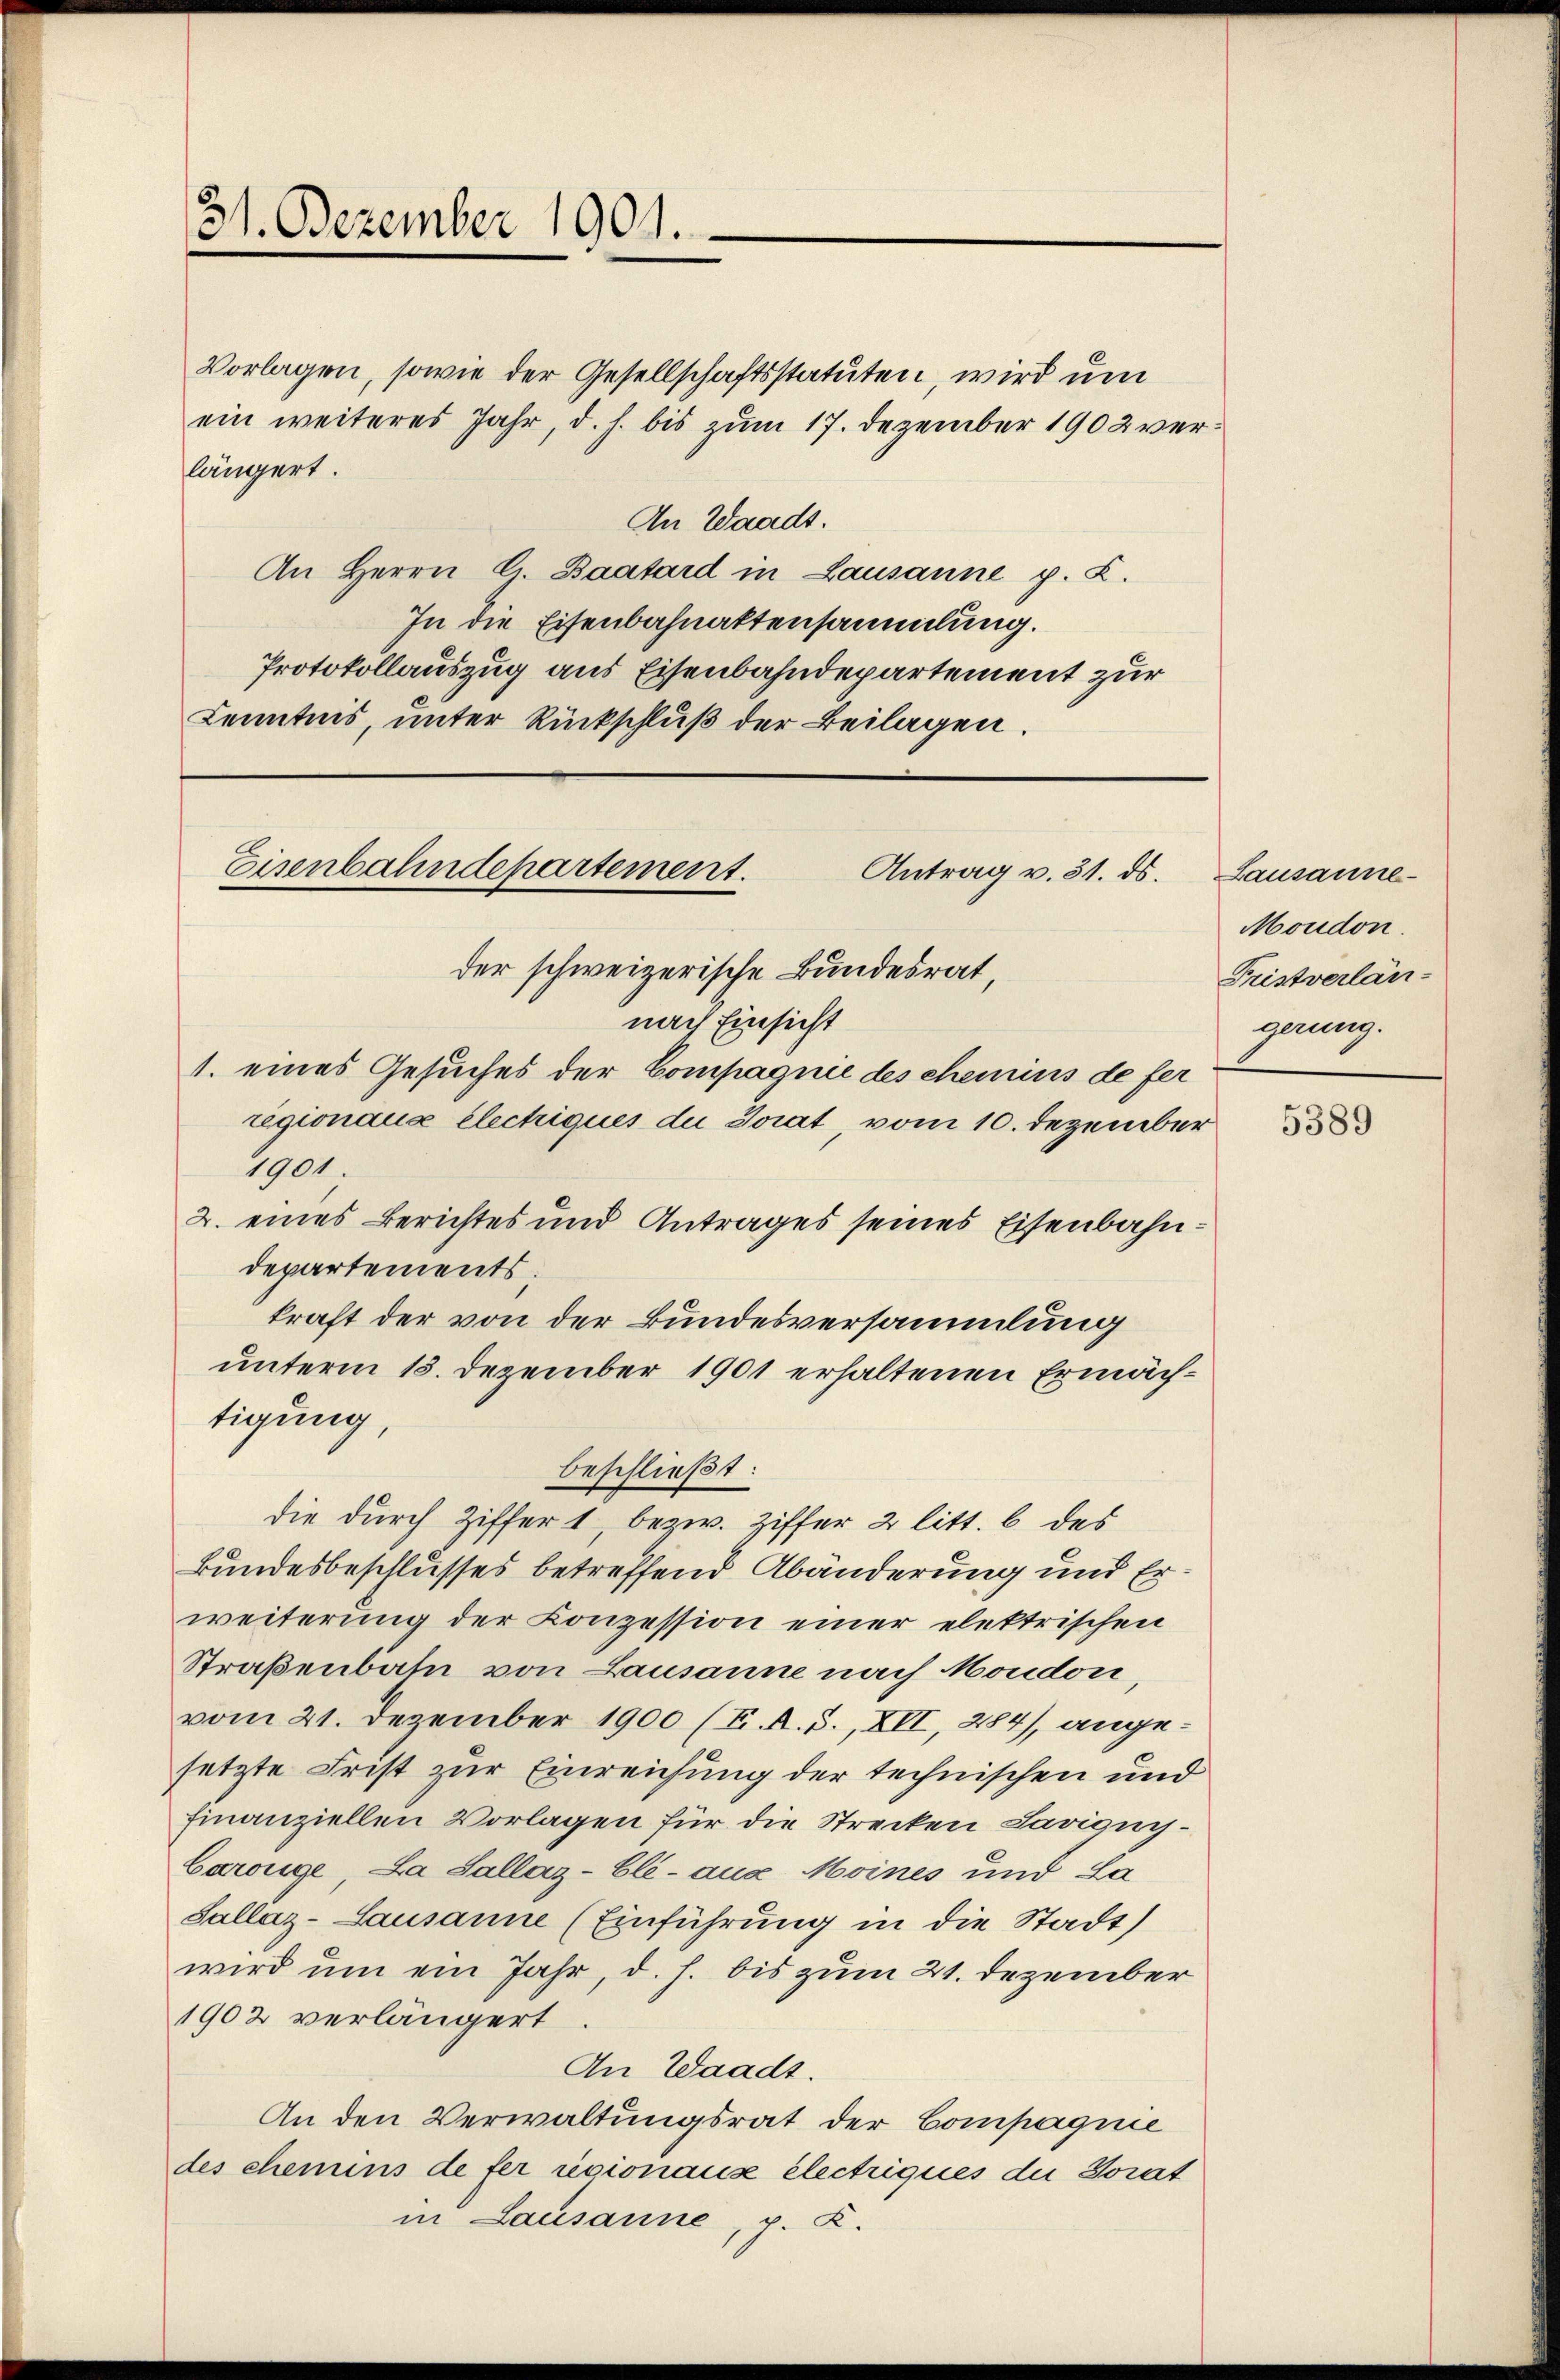
31. Dezember 1901.

Vorlagen, sowie der Gesellschaftsstatuten, wird um
ein weiteres Jahr, d. h. bis zum 17. Dezember 1902 verlängert.
An Waadt.
An Herrn C. Baatard in Lausanne p. C.
In die Eisenbahnaktensammlung.
Protokollauszug aus Eisenbahndepartement zur
Kenntnis, unter Rückschluß der Beilagen.

Eisenbahndepartement.
Antrag v. 31. ds.
der schweizerische Bundesrat

nach Einsicht
1. eines Gesuches der Compagnie des chemins de fer
regionaus Electiques du Sorat vom 10. Dezember
1901
2. eines Berichtes und Antrages seines Eisenbahndepartements:
kraft der von der Bundesversammlung
unterm 13. Dezember 1901 erhaltenen Ermächtigung,
beschließt:
die durch Ziffer 1, bezw. Ziffer 2 litt. b des
Bundesbeschlusses betreffend Abänderung und Erweiterung der Conzession einer elektrischen
Straßenbahn von Lausanne nach Moudon,
vom 21. Dezember 1900 (I. R. S., XII, 284), angesetzte Frist zur Einreichung der technischen und
Finanziellen Vorlagen für die Strecken Saviguis¬
Carouge, La Sallaz-Eli - aus Moines und La
Sallaz-Lausanne (Einführung in die Stadt)
wird um ein Jahr, d. h. bis zum 21. Dezember
1902 verlängert
An Waadt.
An den Verwaltungsrat der Compagnie
des chemins de fer regionaux électriques die Gorat
in Lausanne, p. K.

Lausanne
Moudon.
Fristverlängerung.

5389